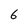
Character: 6